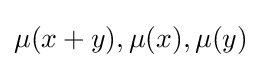
\mu (x+y),\mu (x),\mu (y)